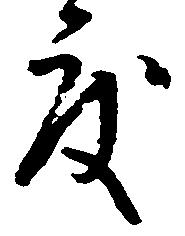
度